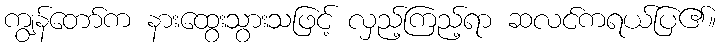
ကျွန်တော်က နားထွေးသွားသဖြင့် လှည့်ကြည့်ရာ ဆလင်ကရယ်ပြ၏။